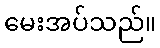
မေးအပ်သည်။